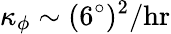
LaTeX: \kappa_{\phi}\sim(6^{\circ})^{2}/\mathrm{hr}